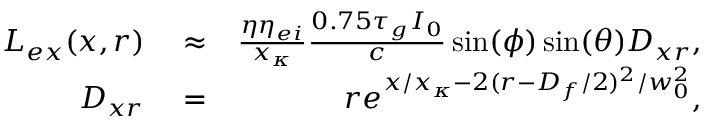
\begin{array} { r l r } { L _ { e x } ( x , r ) } & { { } \approx } & { \frac { \eta \eta _ { e i } } { x _ { \kappa } } \frac { 0 . 7 5 \tau _ { g } I _ { 0 } } { c } \sin ( \phi ) \sin ( \theta ) D _ { x r } , } \\ { D _ { x r } } & { { } = } & { r e ^ { x / x _ { \kappa } - 2 ( r - D _ { f } / 2 ) ^ { 2 } / w _ { 0 } ^ { 2 } } , } \end{array}